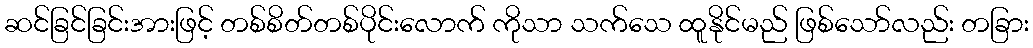
ဆင်ခြင်ခြင်းအားဖြင့် တစ်စိတ်တစ်ပိုင်းလောက် ကိုသာ သက်သေ ထူနိုင်မည် ဖြစ်သော်လည်း တခြား